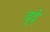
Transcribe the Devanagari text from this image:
द्दे